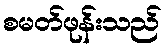
စမတ်ဖုန်းသည်